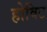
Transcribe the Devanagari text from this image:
होविट